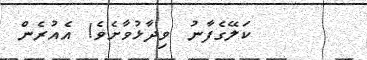
ކަލޭގެފާނު ވިދާޅުވާށެވެ! އެއުރެން